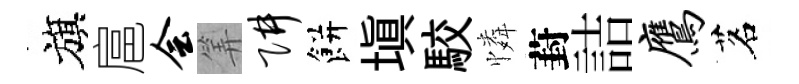
旗扈会筭阱餅填駮憐葑詰鹰茗